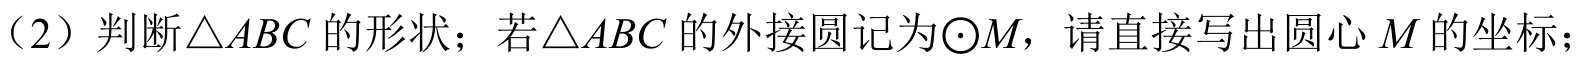
（2）判断\(\triangle ABC\)的形状；若\(\triangle ABC\)的外接圆记为\(\odot M\)，请直接写出圆心\(M\)的坐标；